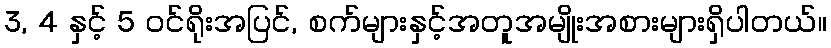
3, 4 နှင့် 5 ဝင်ရိုးအပြင်, စက်များနှင့်အတူအမျိုးအစားများရှိပါတယ်။